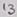
Text: 13